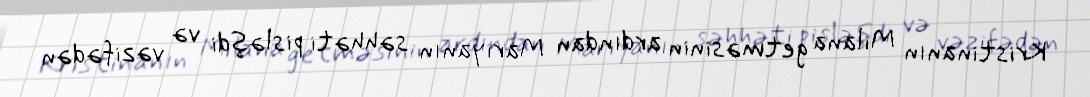
Kristinanın Milana getməsinin ardından Mariyanın səhhəti pisləşdi və vəzifədən